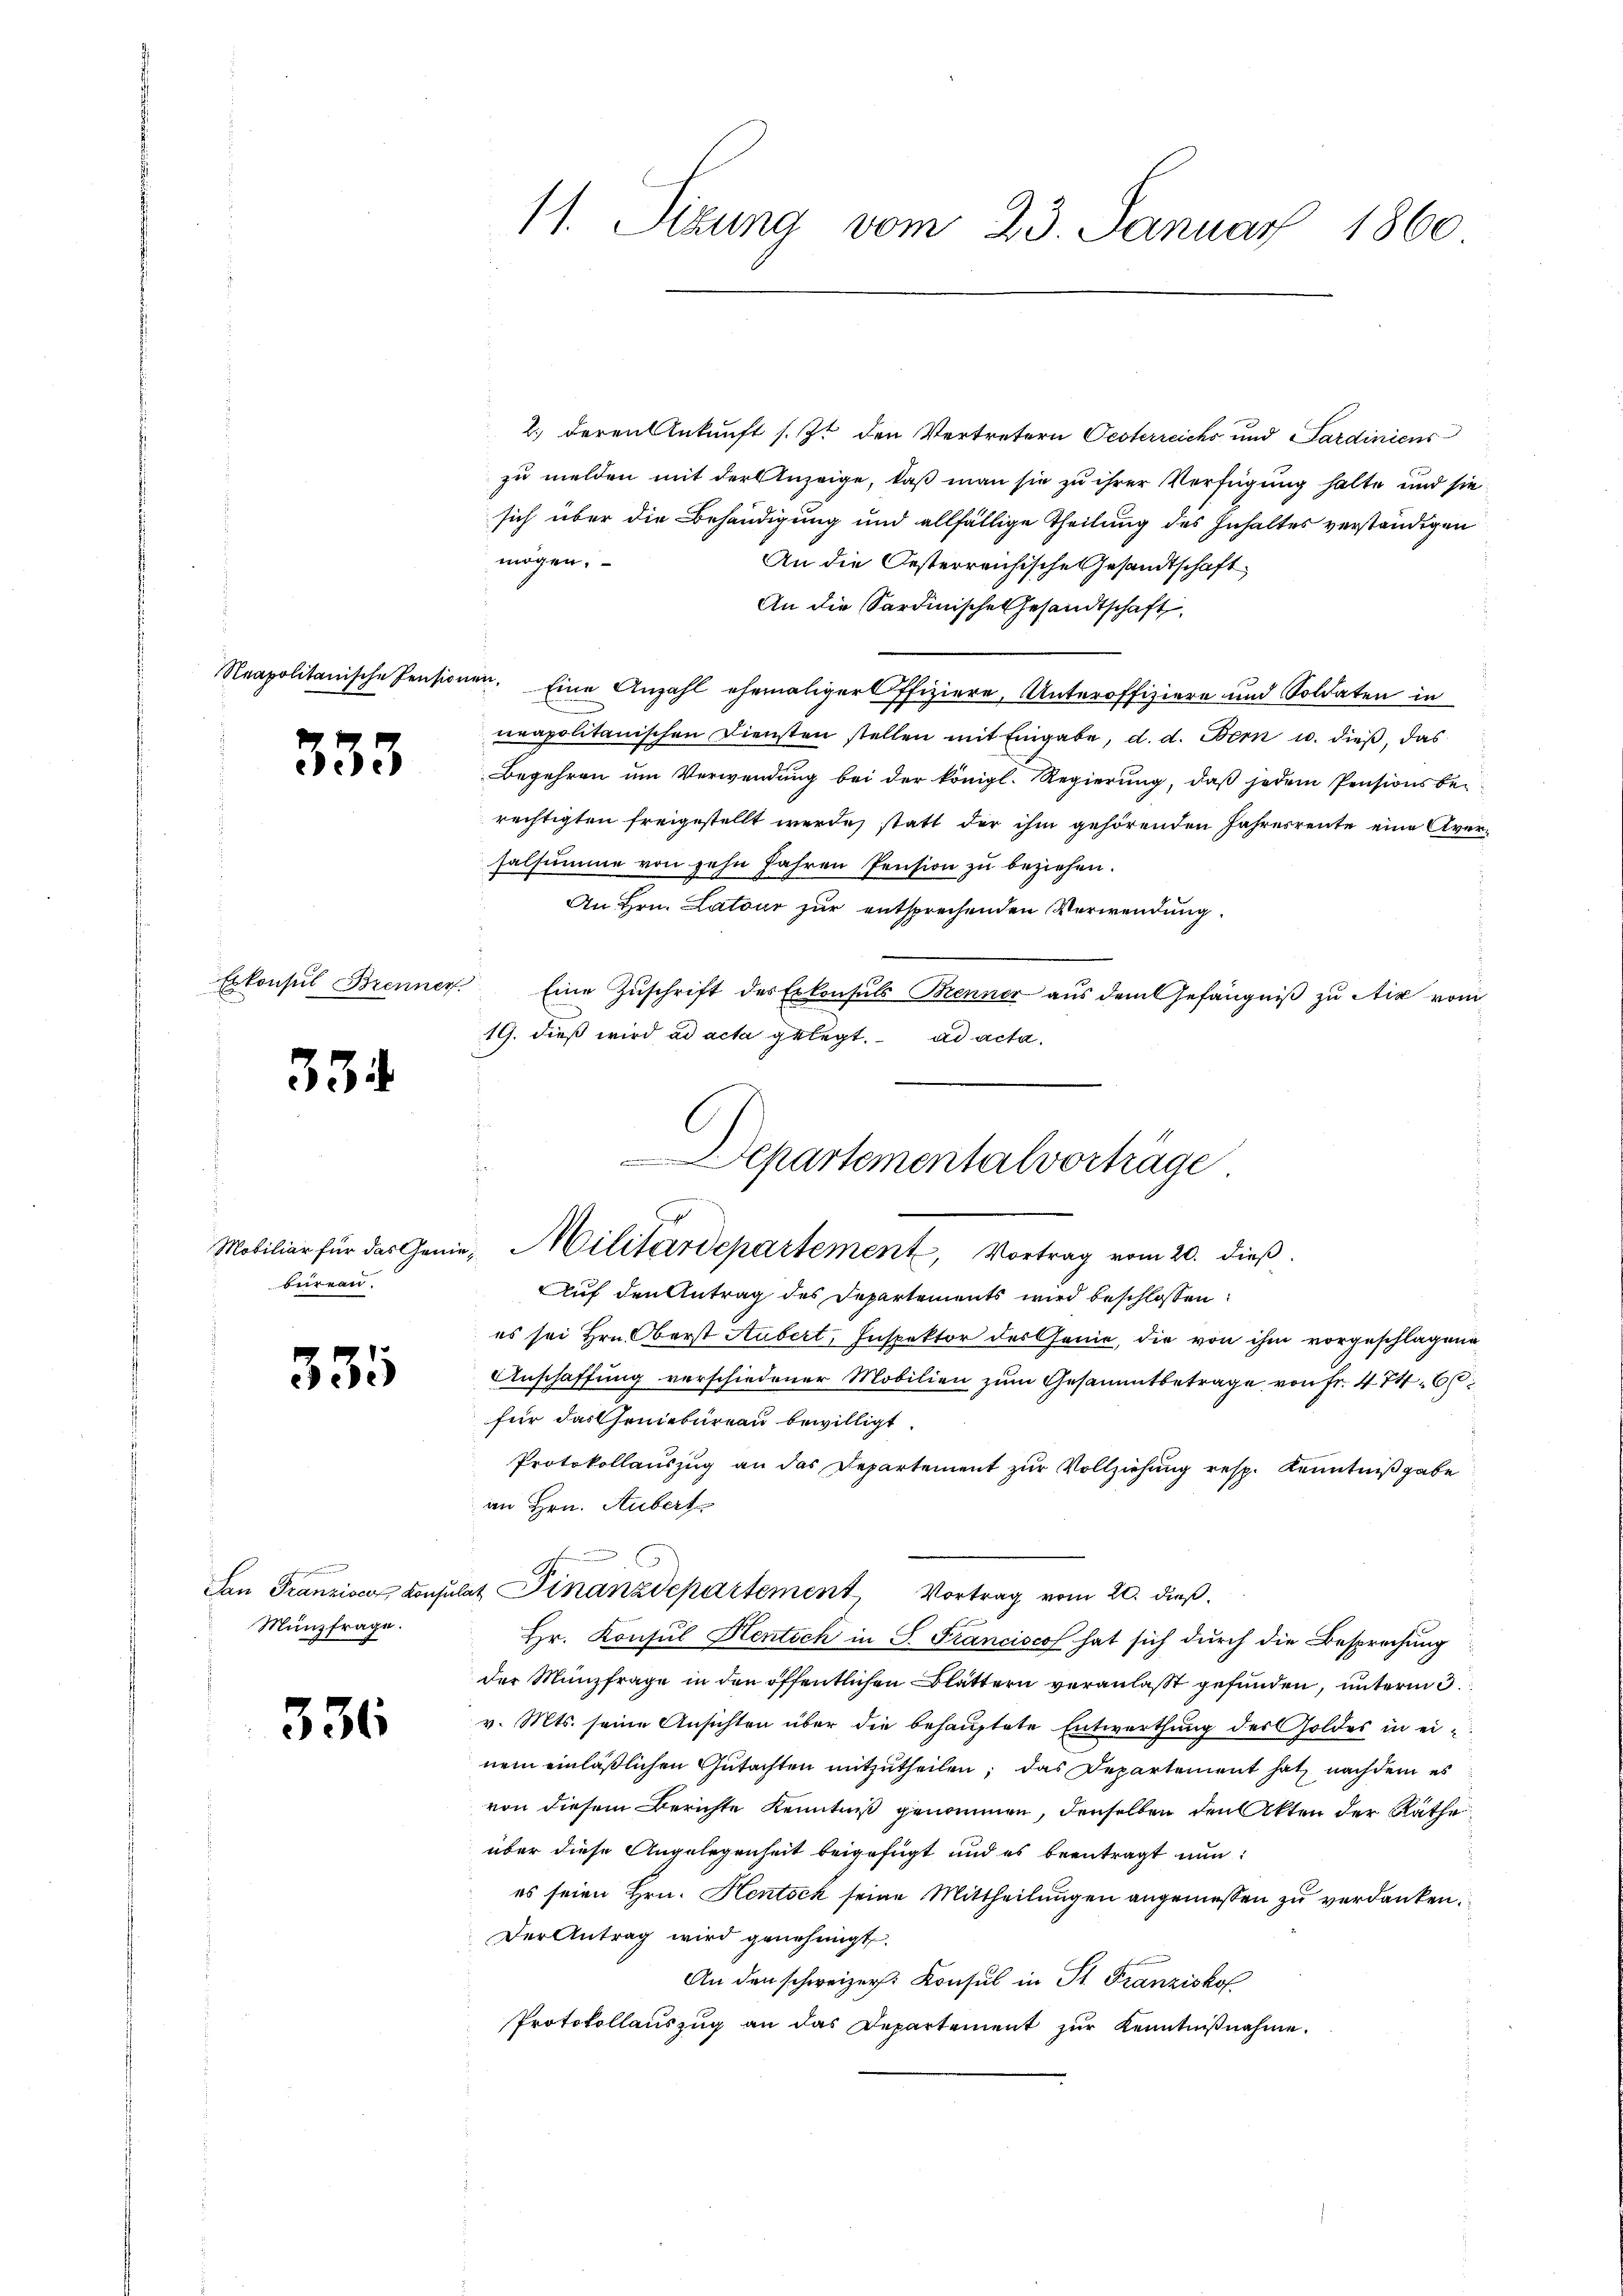
333

Erkonsul Brenner

33

Mobiliar für das Genibureau.

335

San Franziser, Konsul
Münzfrage.

336

11. Sizung vom 23. Januar 1860

2.) deren Ankunft s. Zt. den Vertretern Oesterreichs und Sardiniens
zu melden mit der Anzeige, daß man sie zu ihrer Verfügung halte und sie
sich über die Behändigung und allfällige Theilung des Inhaltes verständigen
mögen.
An die Oesterreichische Gesandtschaft
An die Sardinische Gesandtschaft
Neapolitanische Pensionen. Eine Anzahl ehemaliger Pfiziere, Unteroffiziere und Soldaten in
neapolitanischen Diensten stellen mit Eingabe, d. d. Bern u. dieß, das
Begehren um Verwendung bei der königl. Regierung, daβ jedem Pensionsbe-
rechtigten freigestellt werde, statt der ihm gehörenden Jahresreute eine Aversalsumme von sehn Jahren Pension zu beziehen.
An Hrn. Latour zur entsprechenden Verwendung
Auf den Antrag des Departements wird beschlossen:
es sei Hrn. Oberst Aubert, Inspektor des Genie, die von ihm vorgeschlagene
Anschaffung verschiedener Mobilien zum Gesammtbetrage von fr. 474. 66
für das Geniebureau bewilligt.
Protokollauszug an das Departement zur Vollziehung resp. Kenntniß gabe
im Hrn. Aubert

dat Finanzdepartement Vortrag vom 20. dieß.
Hr. Konsul Hentsch in S. Franciscof hat sich durch die Besprechung
der Münzfrage in den öffentlichen Blättern veranlaßt gefunden, unterm 3.
v. Mts. seine Ansichten über die behauptete Entwerthung der Goldes in einem einläßlichen Gutachten mitzutheilen, das Departement hat nach dem es
von diesem Berichte Kenntniß genommen, denselben den Akten der Rathe
über diese Angelegenheit beigefügt und es beantragt nun:
es seien Hrn. Hentsch seine Mittheilungen angemessen zu verdanken.
Der Antrag wird genehmigt.
An den schweizer. Konsul in St. Franziskof
Protokollaŭszŭg an das Departement zŭr Kenntniβnahme.

Eine Zuschrift des Erkonsuls Benner aus dem Gefängniß zu Aix vom
19. dieß wird ad acta gelegt. ad acta
Departementalvertrage
u. Militärdepartement, Vortrag vom 20. dieß.